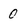
Character: 0